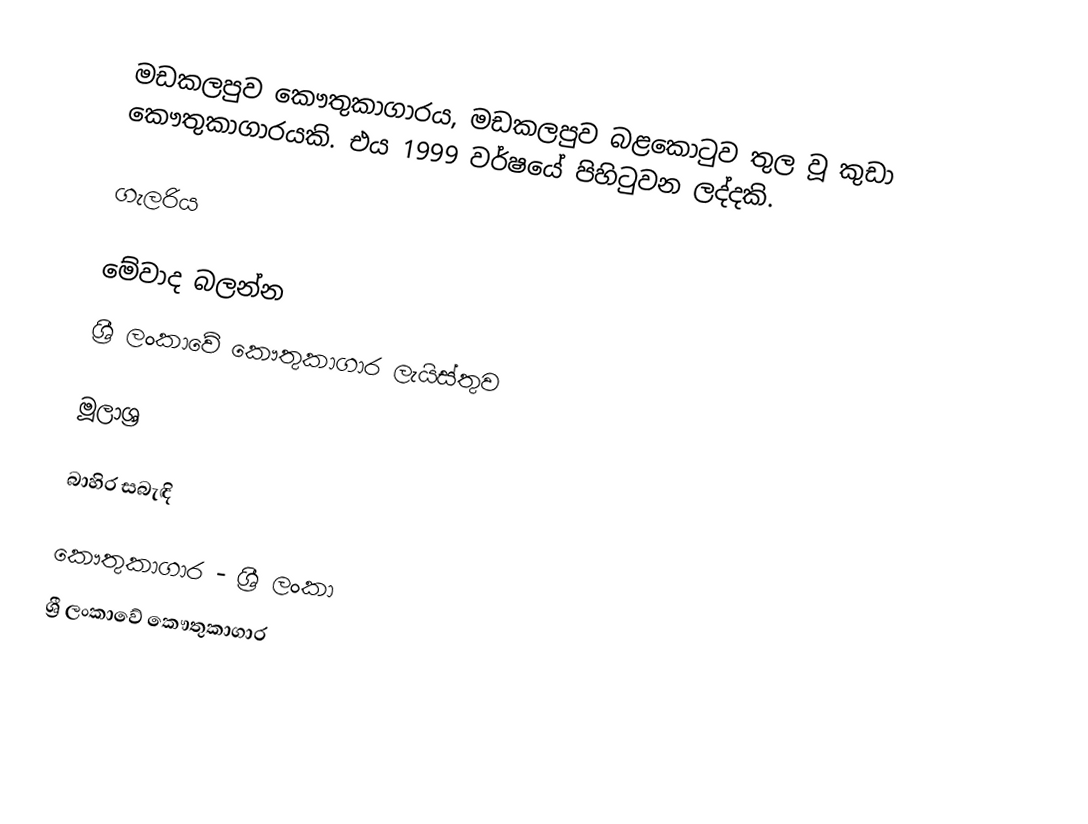
මඩකලපුව කෞතුකාගාරය,  මඩකලපුව බළකොටුව තුල වූ කුඩා කෞතුකාගාරයකි. එය 1999 වර්ෂයේ පිහිටුවන ලද්දකි.

ගැලරිය

මේවාද බලන්න
ශ්‍රී ලංකාවේ කෞතුකාගාර ලැයිස්තුව

මූලාශ්‍ර

බාහිර සබැඳි

කෞතුකාගාර - ශ්‍රී ලංකා
ශ්‍රී ලංකාවේ කෞතුකාගාර